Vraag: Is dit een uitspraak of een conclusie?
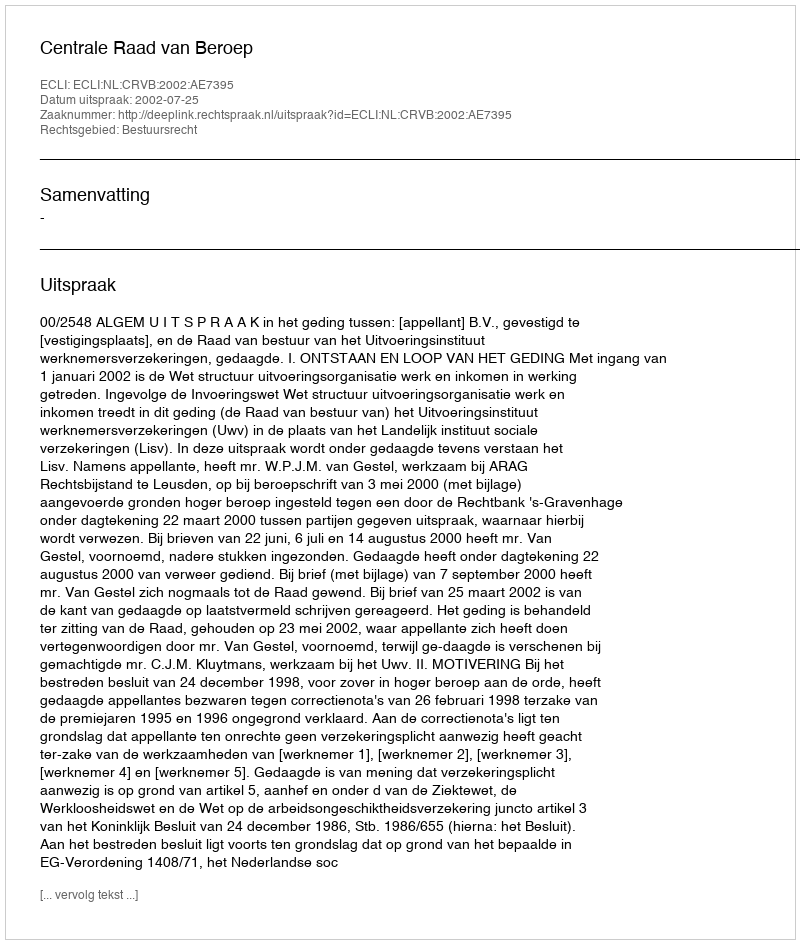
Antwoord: Uitspraak